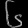
Digit: ၆